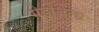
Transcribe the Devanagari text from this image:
मेडोजला